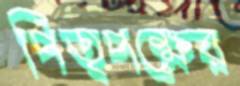
পিতৃপক্ষের